Civil Veterinary Department. United Provinces 1912-22 - 1912-1922
Year: 1912
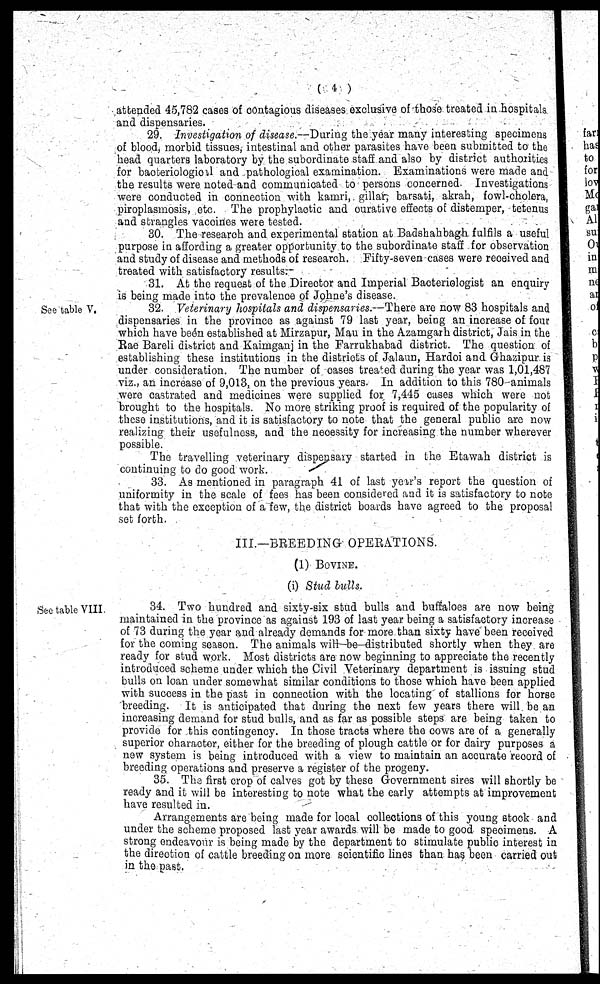
(4)
attended 45,782 cases of contagious diseases exclusive of those treated in hospitals
and dispensaries.
29. Investigation of disease.—During the year many interesting specimens
of blood, morbid tissues, intestinal and other parasites have been submitted to the
head quarters laboratory by the subordinate staff and also by district authorities
for baoteriologionl and pathological examination. Examinations were made and
the results were noted and communicated to persons concerned. Investigations
were conducted in connection with kamri, gillar, barsati, akrah, fowl-cholera,
piroplasmosis, etc. The prophylactic and curative effects of distemper, tetenus
and strangles vacoines were tested.
30. The research and experimental station at Badshahbagh fulfils a useful
purpose in affording a greater opportunity to the subordinate staff for observation
and study of disease and methods of research. Fifty-seven cases were received and
treated with satisfactory results.
31. At the request of the Director and Imperial Bacteriologist an enquiry
is being made into the prevalence of Johne's disease.
See table V.
32. Veterinary hospitals and dispensaries.—There are now 83 hospitals and
dispensaries in the province as against 79 last year, being an increase of four
which have been established at Mirzapur, Mau in the Azamgarh district, Jais in the
Rae Bareli district and Kaimganj in the Farrukhabad district. The question of
establishing these institutions in the districts of Jalaun, Hardoi and Ghazipur is
under consideration. The number of oases treated during the year was 1,01,487
viz., an increase of 9,013, on the previous years. In addition to this 780 animals
were castrated and medicines were supplied for 7,445 cases which were not
brought to the hospitals. No more striking proof is required of the popularity of
these institutions, and it is satisfactory to note that the general public are now
realizing their usefulness, and the necessity for increasing the number wherever
possible.
The travelling veterinary dispensary started in the Etawah district is
continuing to do good work.
33. As mentioned in paragraph 41 of last year's report the question of
uniformity in the scale of fees has been considered and it is satisfactory to note
that with the exception of a few, the district boards have agreed to the proposal
set forth.
III.—BREEDING OPERATIONS.
(1) Bovine.
(i) Stud lulls.
See table VIII.
34. Two hundred and sixty-six stud bulls and buffaloes are now being
maintained in the province as against 193 of last year being a satisfactory increase
of 73 during the year and already demands for more than sixty have been received
for the coming season. The animals will be distributed shortly when they are
ready for stud work. Most districts are now beginning to appreciate the recently
introduced scheme under which the Civil Veterinary department is issuing stud
bulls on loan under somewhat similar conditions to those which have been applied
with success in the past in connection with the locating of stallions for horse
breeding. It is anticipated that during the next few years there will be an
increasing demand for stud bulls, and as far as possible steps are being taken to
provide for this contingency. In those tracts where the cows are of a generally
superior character, either for the breeding of plough cattle or for dairy purposes a
new system is being introduced with a view to maintain an accurate record of
breeding operations and preserve a register of the progeny.
35. The first crop of calves got by these Government sires will shortly be
ready and it will be interesting to note what the early attempts at improvement
have resulted in.
Arrangements are being made for local collections of this young stock and
under the scheme proposed last year awards will be made to good specimens. A
strong endeavour is being made by the department to stimulate public interest in
the direction of cattle breeding on more scientific lines than has been carried out
in the past.